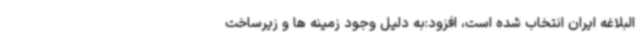
البلاغه ایران انتخاب شده است، افزود:به دلیل وجود زمینه ها و زیرساخت